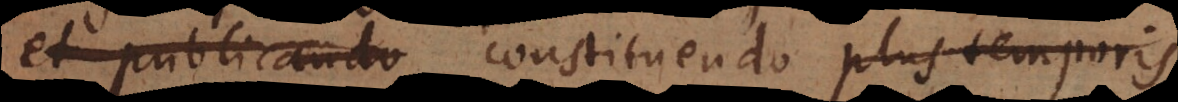
et publicando constituendo plus temporis